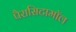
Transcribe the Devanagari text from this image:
पैरासिटामॉल